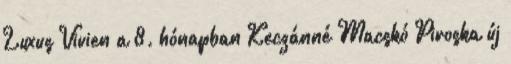
Luxus Vivien a 8. hónapban Keczánné Macskó Piroska új